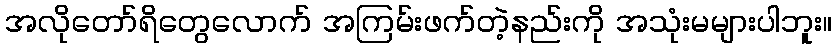
အလိုတော်ရိတွေလောက် အကြမ်းဖက်တဲ့နည်းကို အသုံးမများပါဘူး။